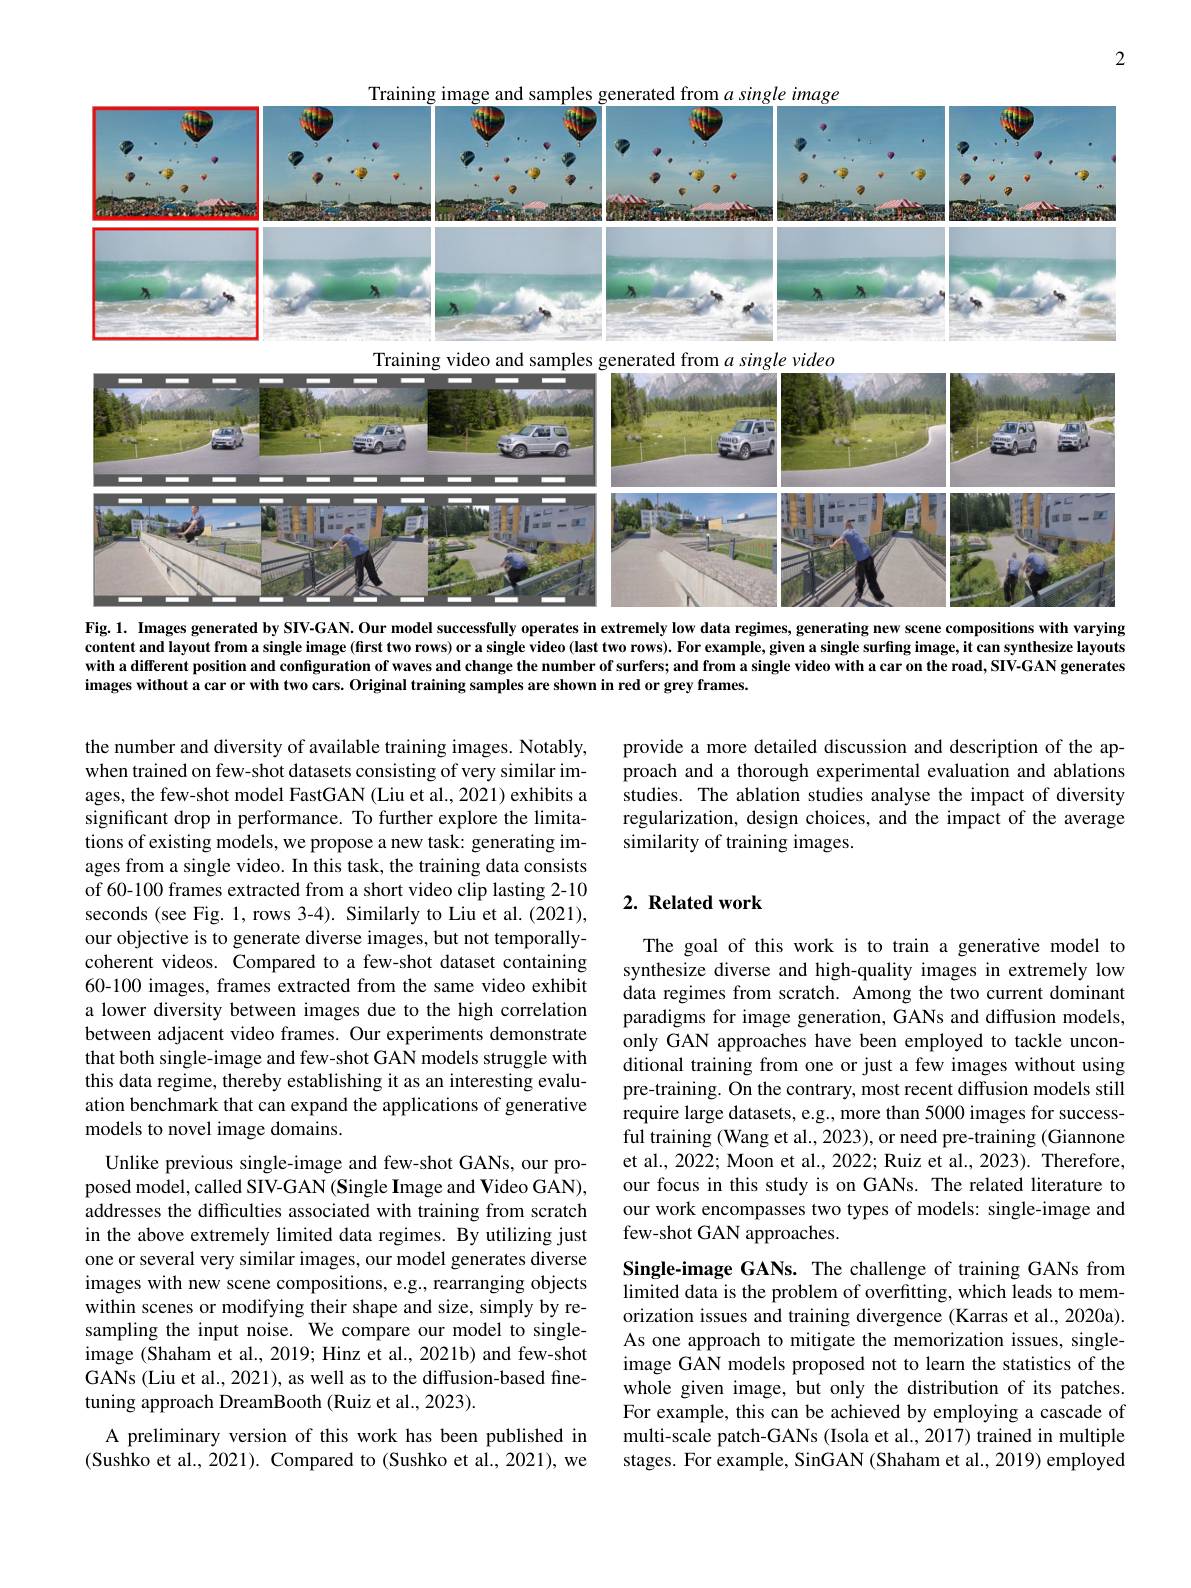
2

and
$\operatorname{from}a$
Training
<FigureHere>
Fig. 1. Images generated by SIV-GAN. Our model successfully operates in extremely low data regimes, generating new scene compositions with varying

content and layout from a single image (first two rows) or a single video (last two rows). For example, given a single surfing image, it can synthesize layouts with a different position and configuration of waves and change the number of surfers; and from a single video with a car on the road, SIV-GAN generates images without a car or with two cars. Original training samples are shown in red or grey frames.

provide a more detailed discussion and description of the approach and a thorough experimental evaluation and ablations studies. The ablation studies analyse the impact of diversity regularization, design choices, and the impact of the average similarity of training images.

## 2. Related work

the number and diversity of available training images. Notably, when trained on few-shot datasets consisting of very similar images, the few-shot model FastGAN (Liu et al., 2021) exhibits a significant drop in performance. To further explore the limitations of existing models, we propose a new task: generating images from a single video. In this task, the training data consists of 60-100 frames extracted from a short video clip lasting 2-10 seconds (see Fig. 1, rows 3-4). Similarly to Liu et al. (2021), our objective is to generate diverse images, but not temporallycoherent videos. Compared to a few-shot dataset containing 60-100 images, frames extracted from the same video exhibit a lower diversity between images due to the high correlation between adjacent video frames. Our experiments demonstrate that both single-image and few-shot GAN models struggle with this data regime, thereby establishing it as an interesting evaluation benchmark that can expand the applications of generative models to novel image domains.

The goal of this work is to train a generative model to synthesize diverse and high-quality images in extremely low data regimes from scratch. Among the two current dominant paradigms for image generation, GANs and diffusion models, only GAN approaches have been employed to tackle unconditional training from one or just a few images without using pre-training. On the contrary, most recent diffusion models still require large datasets, e.g., more than 5000 images for successful training (Wang et al., 2023), or need pre-training (Giannone et al., 2022; Moon et al., 2022; Ruiz et al., 2023). Therefore, our focus in this study is on GANs. The related literature to our work encompasses two types of models: single-image and few-shot GAN approaches.

Unlike previous single-image and few-shot GANs, our proposed model, called SIV-GAN (Single Image and Video GAN), addresses the difficulties associated with training from scratch in the above extremely limited data regimes. By utilizing just one or several very similar images, our model generates diverse images with new scene compositions, e.g., rearranging objects within scenes or modifying their shape and size, simply by resampling the input noise. We compare our model to singleimage (Shaham et al., 2019; Hinz et al., 2021b) and few-shot GANs (Liu et al., 2021), as well as to the diffusion-based finetuning approach DreamBooth (Ruiz et al., 2023).

Single-image GANs. The challenge of training GANs from limited data is the problem of overfitting, which leads to memorization issues and training divergence (Karras et al., 2020a). As one approach to mitigate the memorization issues, singleimage GAN models proposed not to learn the statistics of the whole given image, but only the distribution of its patches. For example, this can be achieved by employing a cascade of multi-scale patch-GANs (Isola et al., 2017) trained in multiple stages. For example, SinGAN (Shaham et al., 2019) employed

A preliminary version of this work has been published in (Sushko et al., 2021). Compared to (Sushko et al., 2021), we